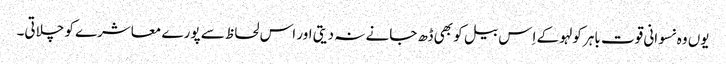
یوں وہ نسوانی قوت باہر کولہو کے اِس بیل کو بھی ڈھ جانے نہ دیتی اور اس لحاظ سے پورے معاشرے کو چلاتی۔